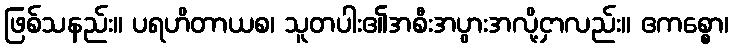
ဖြစ်သနည်း။ ပရဟိတာယစ၊ သူတပါး၏အစီးအပွားအလို့ငှာလည်း။ ဧကစ္စော၊